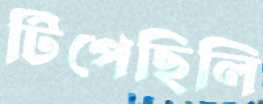
টিপেছিলি